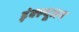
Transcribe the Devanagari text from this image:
इंक्ल्यूजन